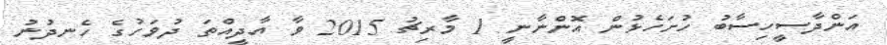
އަންދާސީހިސާބު ހުށަހެޅުން އޮންނާނީ 1 މާރިޗު 2015 ވާ އާދީއްތަ ދުވަހުގެ ހެނދުނު